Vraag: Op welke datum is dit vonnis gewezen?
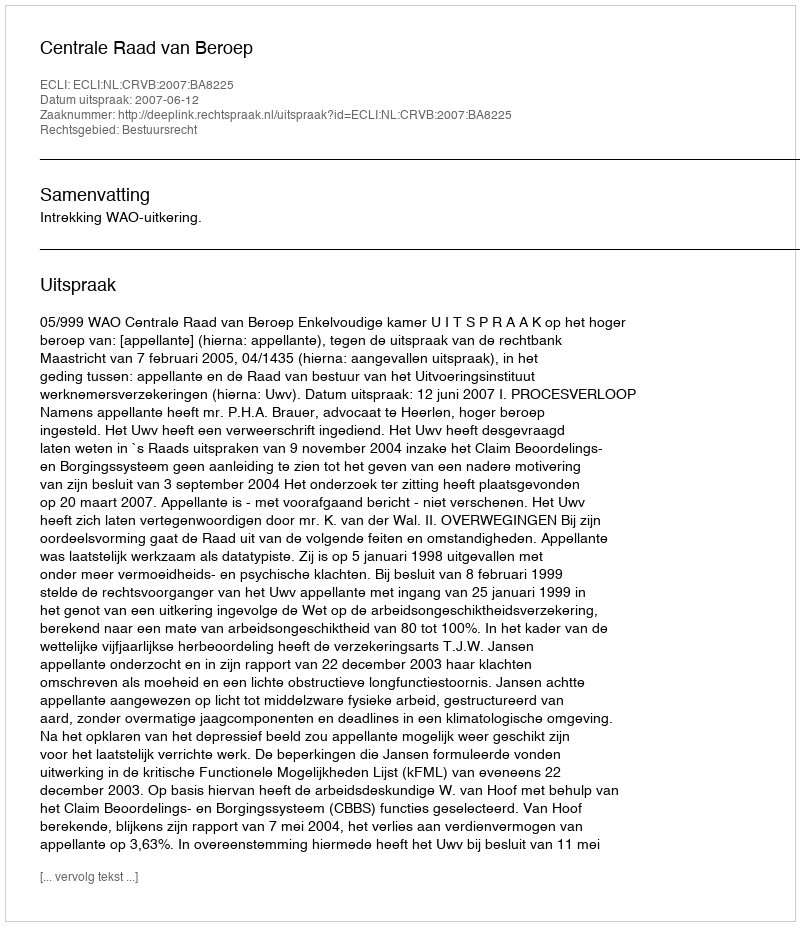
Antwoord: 2007-06-12